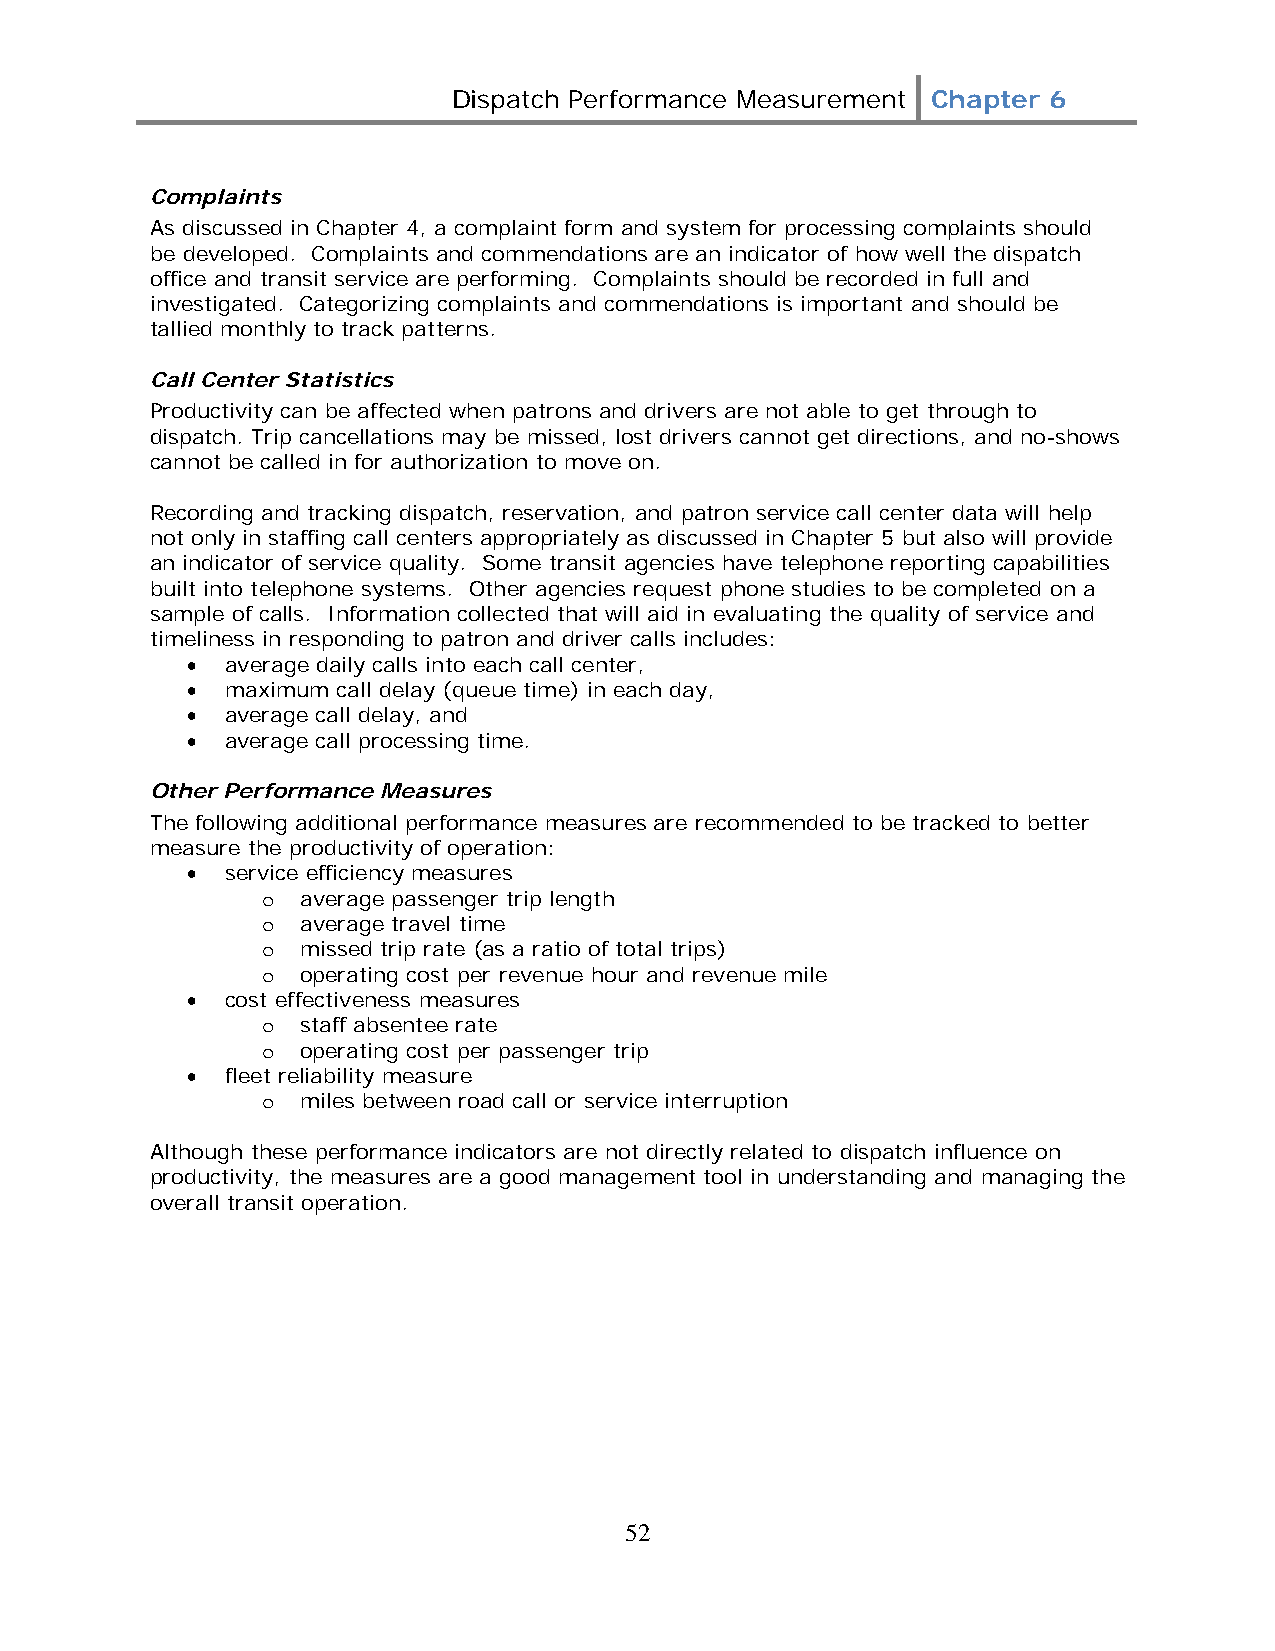
Dispatch Performance Measurement Chapter 6
 Complaints
 As discussed in Chapter 4, a complaint form and system for processing complaints should
 be developed. Complaints and commendations are an indicator of how well the dispatch
 office and transit service are performing. Complaints should be recorded in full and
 investigated. Categorizing complaints and commendations is important and should be
 tallied monthly to track patterns.
 Call Center Statistics
 Productivity can be affected when patrons and drivers are not able to get through to
 dispatch. Trip cancellations may be missed, lost drivers cannot get directions, and no-shows
 cannot be called in for authorization to move on.
 Recording and tracking dispatch, reservation, and patron service call center data will help
 not only in staffing call centers appropriately as discussed in Chapter 5 but also will provide
 an indicator of service quality. Some transit agencies have telephone reporting capabilities
 built into telephone systems. Other agencies request phone studies to be completed on a
 sample of calls. Information collected that will aid in evaluating the quality of service and
 timeliness in responding to patron and driver calls includes:
 •  average daily calls into each call center,
 •  maximum call delay (queue time) in each day,
 •  average call delay, and
 •  average call processing time.
 Other Performance Measures
 The following additional performance measures are recommended to be tracked to better
 measure the productivity of operation:
 •  service efficiency measures
 o  average passenger trip length
 o  average travel time
 o  missed trip rate (as a ratio of total trips)
 o  operating cost per revenue hour and revenue mile
 •  cost effectiveness measures
 o  staff absentee rate
 o  operating cost per passenger trip
 •  fleet reliability measure
 o  miles between road call or service interruption
 Although these performance indicators are not directly related to dispatch influence on
 productivity, the measures are a good management tool in understanding and managing the
 overall transit operation.
 52